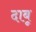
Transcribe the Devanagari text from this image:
दाबू